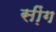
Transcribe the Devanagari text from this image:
सी़ंग